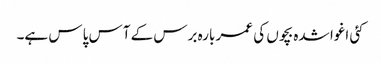
کئی اغوا شدہ بچوں کی عمر بارہ برس کے آس پاس ہے۔